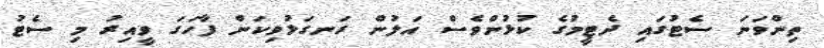
ތިންވަނަ ސެޓުގައި ދެޓީމުގެ ކުޅުންވެސް އަލުން ރަނގަޅުވިކަން ފާހަގަ ވީއިރު މި ސެޓު